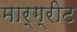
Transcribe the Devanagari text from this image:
मार्ग्रीट